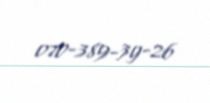
070-389-39-26